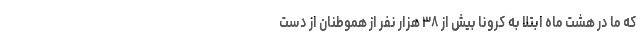
که ما در هشت ماه ابتلا به کرونا بیش از ۳۸ هزار نفر از هموطنان از دست